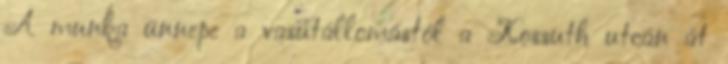
A munka ünnepe a vasútállomástól a Kossuth utcán át